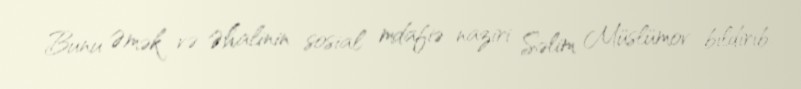
Bunu Əmək və Əhalinin sosial mdafiə naziri Səlim Müslümov bildirib.